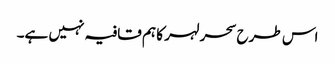
اس طرح سحر لہر کا ہم قافیہ نہیں ہے۔